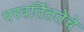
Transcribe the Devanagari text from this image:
परवर्तिततेचे